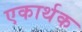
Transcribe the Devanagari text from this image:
एकार्थक